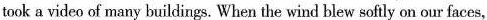
took a video of many buildings. When the wind blew softly on our faces,